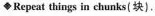
Repeat things in chunks(块).